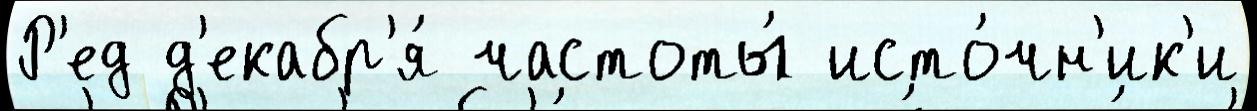
Р'ед д'екабр'я́ частоты́ исто́чн'ик'и